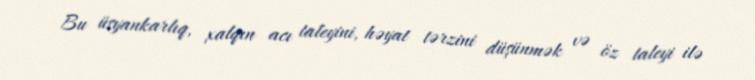
Bu üsyankarlıq, xalqın acı taleyini, həyat tərzini düşünmək və öz taleyi ilə